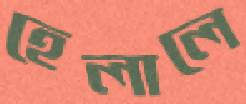
হেলালে